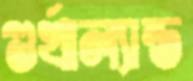
গুর্খাল্যান্ড